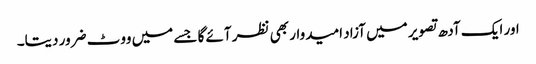
اور ایک آدھ تصویر میں آزاد امیدوار بھی نظر آئے گا جسے میں ووٹ ضرور دیتا۔